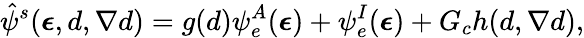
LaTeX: \hat{\psi}^{s}(\boldsymbol{\epsilon},d,\nabla{d})=g(d)\psi_{e}^{A}(\boldsymbol{\epsilon})+\psi_{e}^{I}(\boldsymbol{\epsilon})+G_{c}h(d,\nabla{d}),